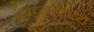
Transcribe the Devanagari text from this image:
त्यंच्यामध्ये